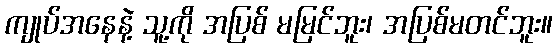
ကျုပ်အနေနဲ့ သူ့ကို အပြစ် မမြင်ဘူး၊ အပြစ်မတင်ဘူး။